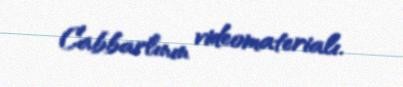
Cabbarlının videomaterialı.